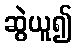
ဆွဲယူ၍